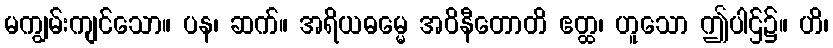
မကျွမ်းကျင်သော။ ပန၊ ဆက်။ အရိယဓမ္မေ အဝိနီတောတိ ဧတ္ထ၊ ဟူသော ဤပါဌ်၌။ ဟိ၊